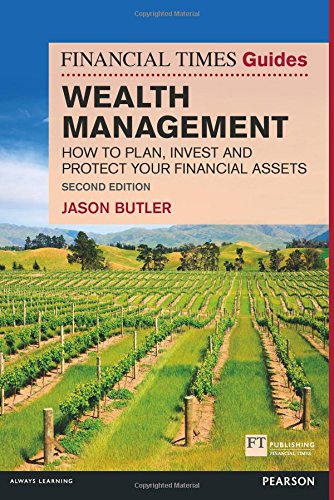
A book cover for The Financial Times Guide to Wealth Management: How to plan, invest and protect your financial assets (2nd Edition) (FT Guides); Jason Butler; Business & Money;